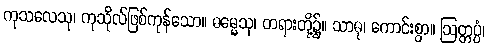
ကုသလေသု၊ ကုသိုလ်ဖြစ်ကုန်သော။ ဓမ္မေသု၊ တရားတို့၌။ သာဓု၊ ကောင်းစွာ။ ဩတ္တပ္ပံ၊